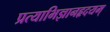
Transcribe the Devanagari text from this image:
प्रत्याभिज्ञानहृदयम्